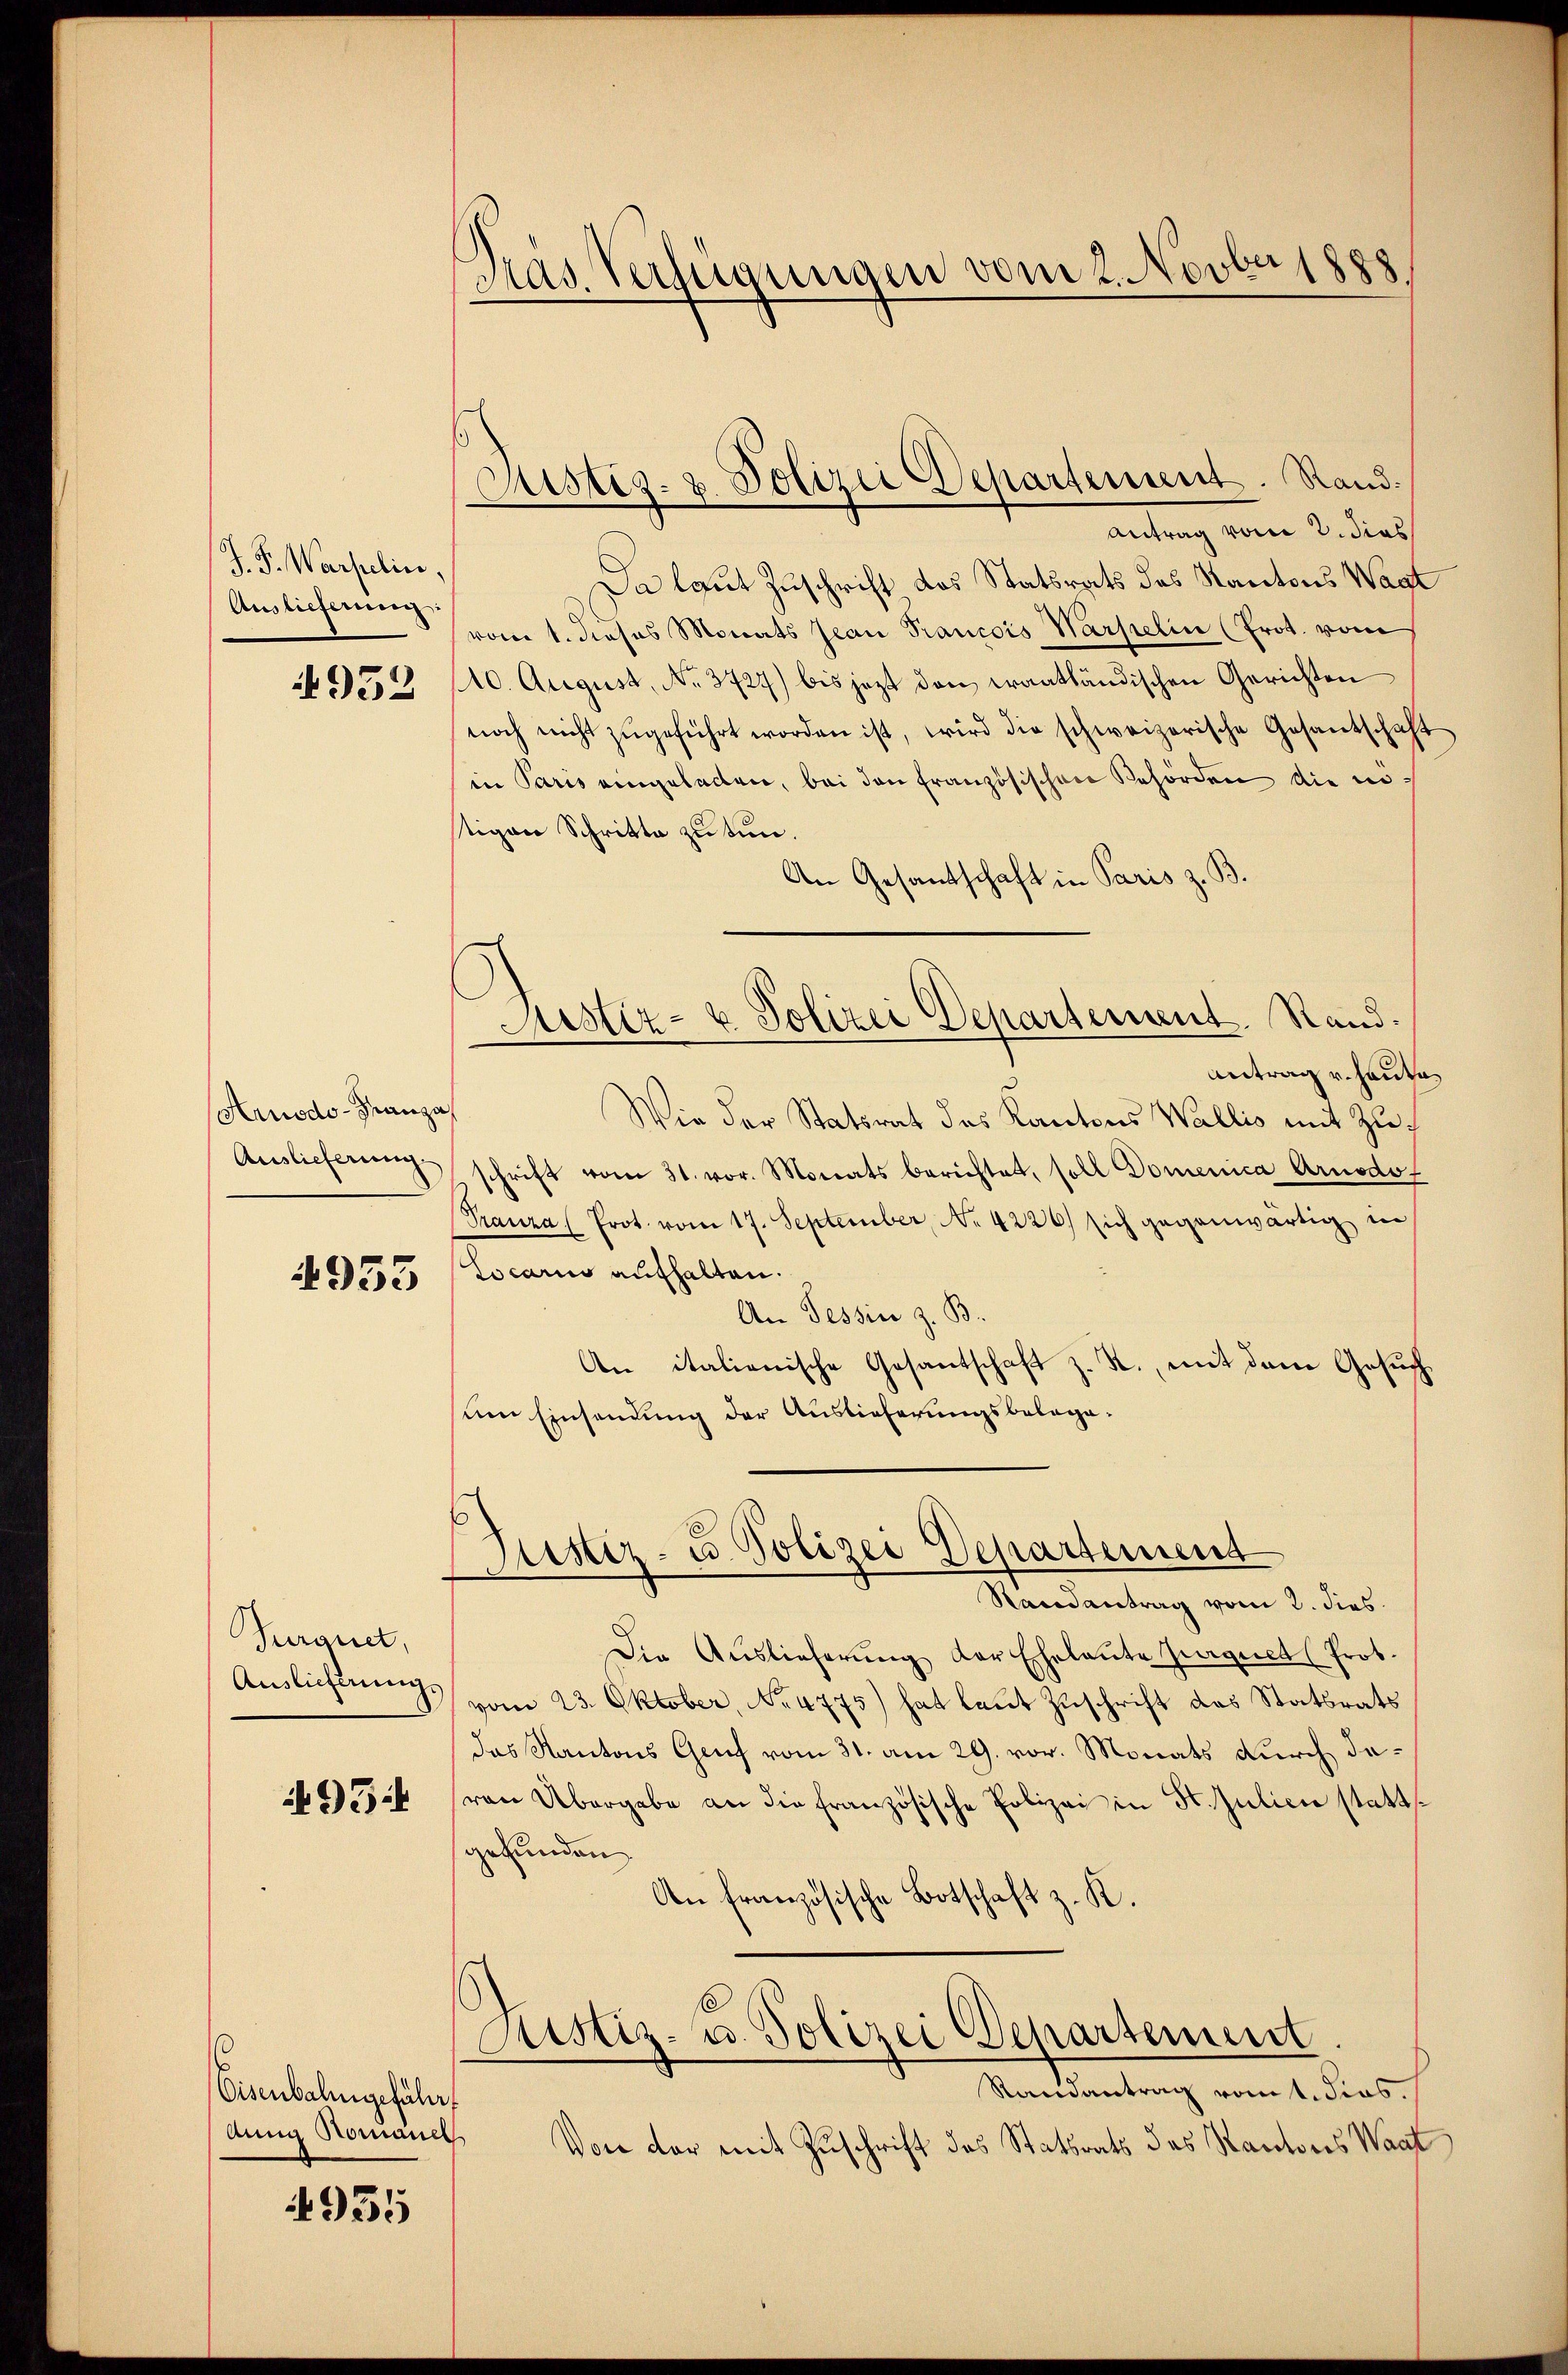
J. P. Warselin.
Auslieferung
952

Arusdo-Franza
Auslieferung

4953

Turquet,
Auslieferung.

95:

Eisenbahngeführ,
Aug Nomanel

4935

Pras. Vernanngen vom 2. Novbesp

Da laut Zuschrift, das Statsrats des Kantons Wast
vom 1. dieses Monats Jean Francois Marselin (Prot. vom
10. August, No 3727) bis jezt den trantländischen Gerichten
noch nicht zŭgeführt worden ist, wird die schweizerische Gesantschaft
in Paris eingeladen, bei den französischen Behörden die instigen Schritte zu tun.
An Gesantschaft in Paris z. B
Antrag v. Hauta
Wie der Statsrat des Kantons Wallis mit Zuschrift vom 31. vor. Monats berichtet, soll Domenica Arnodof
Prauza (Prot. vom 17. September, No 4226) sich gegenwärtig in
Locario aufhalten.
An Tessin z. B.
An italienische Gesantschaft z. R., mit dem Gesuch
sum Einsendung der Auslieferungsbelage¬
Justiz- u. Polizei Departement
Randantrag vom 2. dies
Die Auslieferŭng der Eheleute Gegnet (Prot.
vom 23. Oktober, No. 4775) hat laut Zuschrift des Statsrats
das Kantons Genf vom 31. am 29. vor. Monats durch daven Übergabe an die französische Polizei in St. Juliere stattgefunden
An französische Botschaft z. K.
Justiz- u. Polizei Departement
Randantrag vomt. Sies.
Von der mit Zuschrift des Statsrats des Kantons Waat

Justiz- & Polizei Departement. Rand.
Antrag vom 2. dies

Sistiz- u. Polizei Departement. Stand.